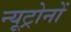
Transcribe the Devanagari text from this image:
न्यूट्रोनों